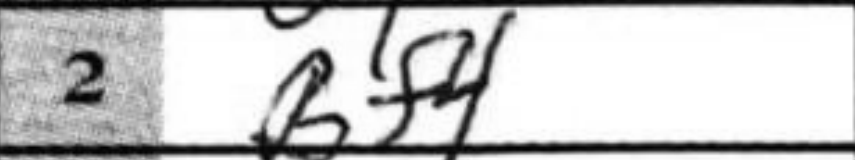
Transcription: Bf4